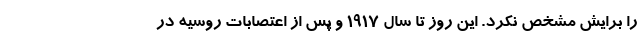
را برایش مشخص نکرد. این روز تا سال 1917 و پس از اعتصابات روسیه در